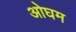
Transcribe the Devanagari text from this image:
ओघम